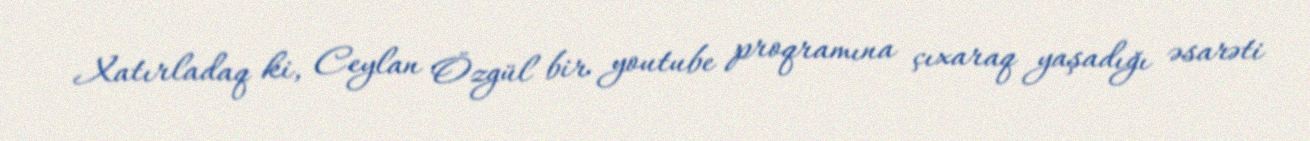
Xatırladaq ki, Ceylan Özgül bir youtube proqramına çıxaraq yaşadığı əsarəti